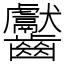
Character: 齾